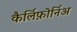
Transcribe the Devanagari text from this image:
कैर्लिफ़ोर्निअ